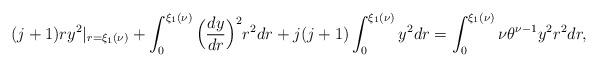
LaTeX: \begin{align*}(j+1)ry^2|_{r=\xi_1(\nu)}+\int_0^{\xi_1(\nu)}\Big(\frac{dy}{dr}\Big)^2r^2dr+j(j+1)\int_0^{\xi_1(\nu)}y^2dr=\int_0^{\xi_1(\nu)}\nu\theta^{\nu-1}y^2r^2dr, \end{align*}